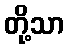
တို့သာ